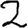
Digit: 2